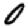
Digit: 0